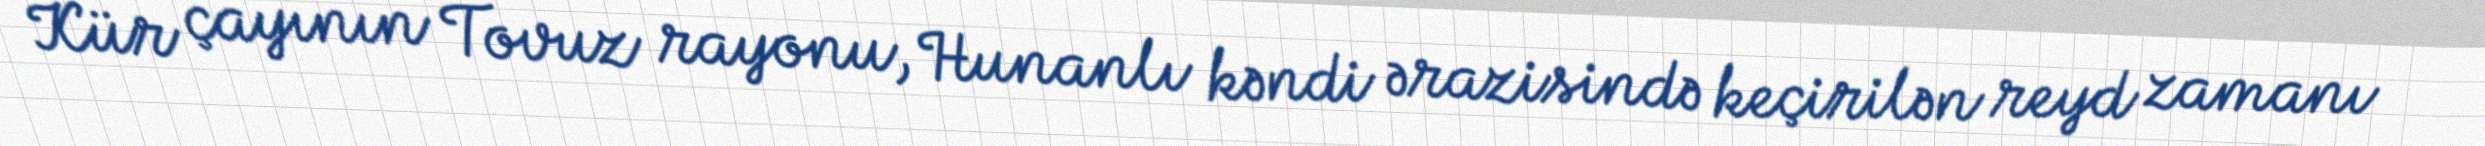
Kür çayının Tovuz rayonu, Hunanlı kəndi ərazisində keçirilən reyd zamanı